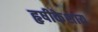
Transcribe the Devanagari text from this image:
हृषीकेशाय